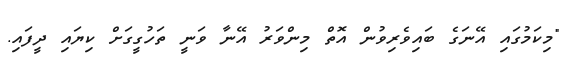
"މިކަމުގައި އޭނަގެ ބައިވެރިވުން އޮތް މިންވަރު އޭނާ ވަނީ ތަހުގީގަށް ކިޔައި ދީފައި.